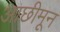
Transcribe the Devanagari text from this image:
आछीमून